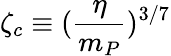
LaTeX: \zeta_{c}\equiv(\frac{\eta}{m_{P}})^{3/7}